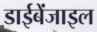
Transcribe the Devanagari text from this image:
डाईबेंजाइल